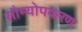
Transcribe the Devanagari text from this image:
सौम्योपकरण